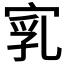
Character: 𡨻